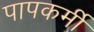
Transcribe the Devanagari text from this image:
पापकर्मी